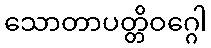
သောတာပတ္တိဝဂ္ဂေါ